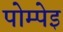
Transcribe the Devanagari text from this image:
पोम्पेइ